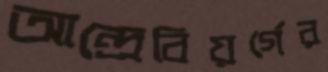
আন্দ্রেবিয়র্গের